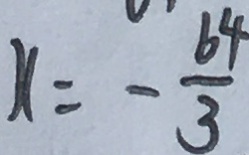
x = - \frac { 6 4 } { 3 }